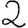
Digit: 2